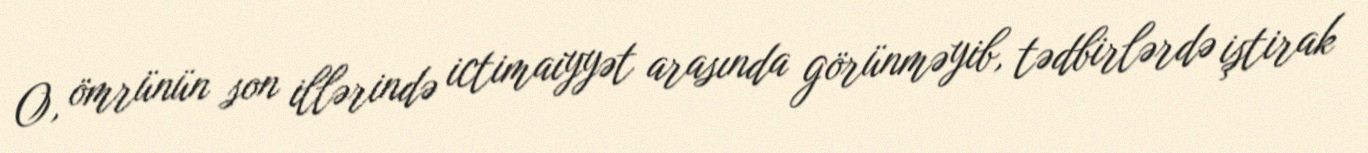
O, ömrünün son illərində ictimaiyyət arasında görünməyib, tədbirlərdə iştirak